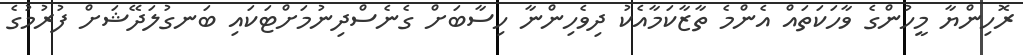
ރޮހިންޔާ މީހުންގެ ވާހަކަތައް އެންމެ ތާޒާކަމާއެކު ދިވެހިންނާ ހިސާބަށް ގެނެސްދިނުމަށްޓަކައި ބަނގުލަދޭޝަށް ފުރުމުގެ